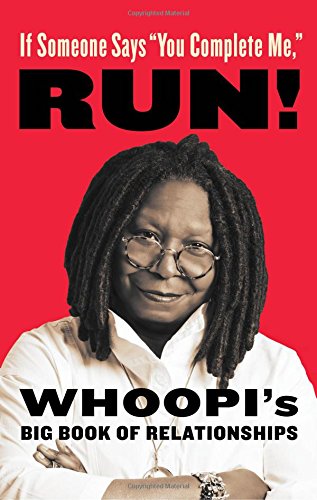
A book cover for If Someone Says "You Complete Me," RUN!: Whoopi's Big Book of Relationships; Whoopi Goldberg; Humor & Entertainment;